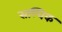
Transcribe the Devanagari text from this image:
सल्विक